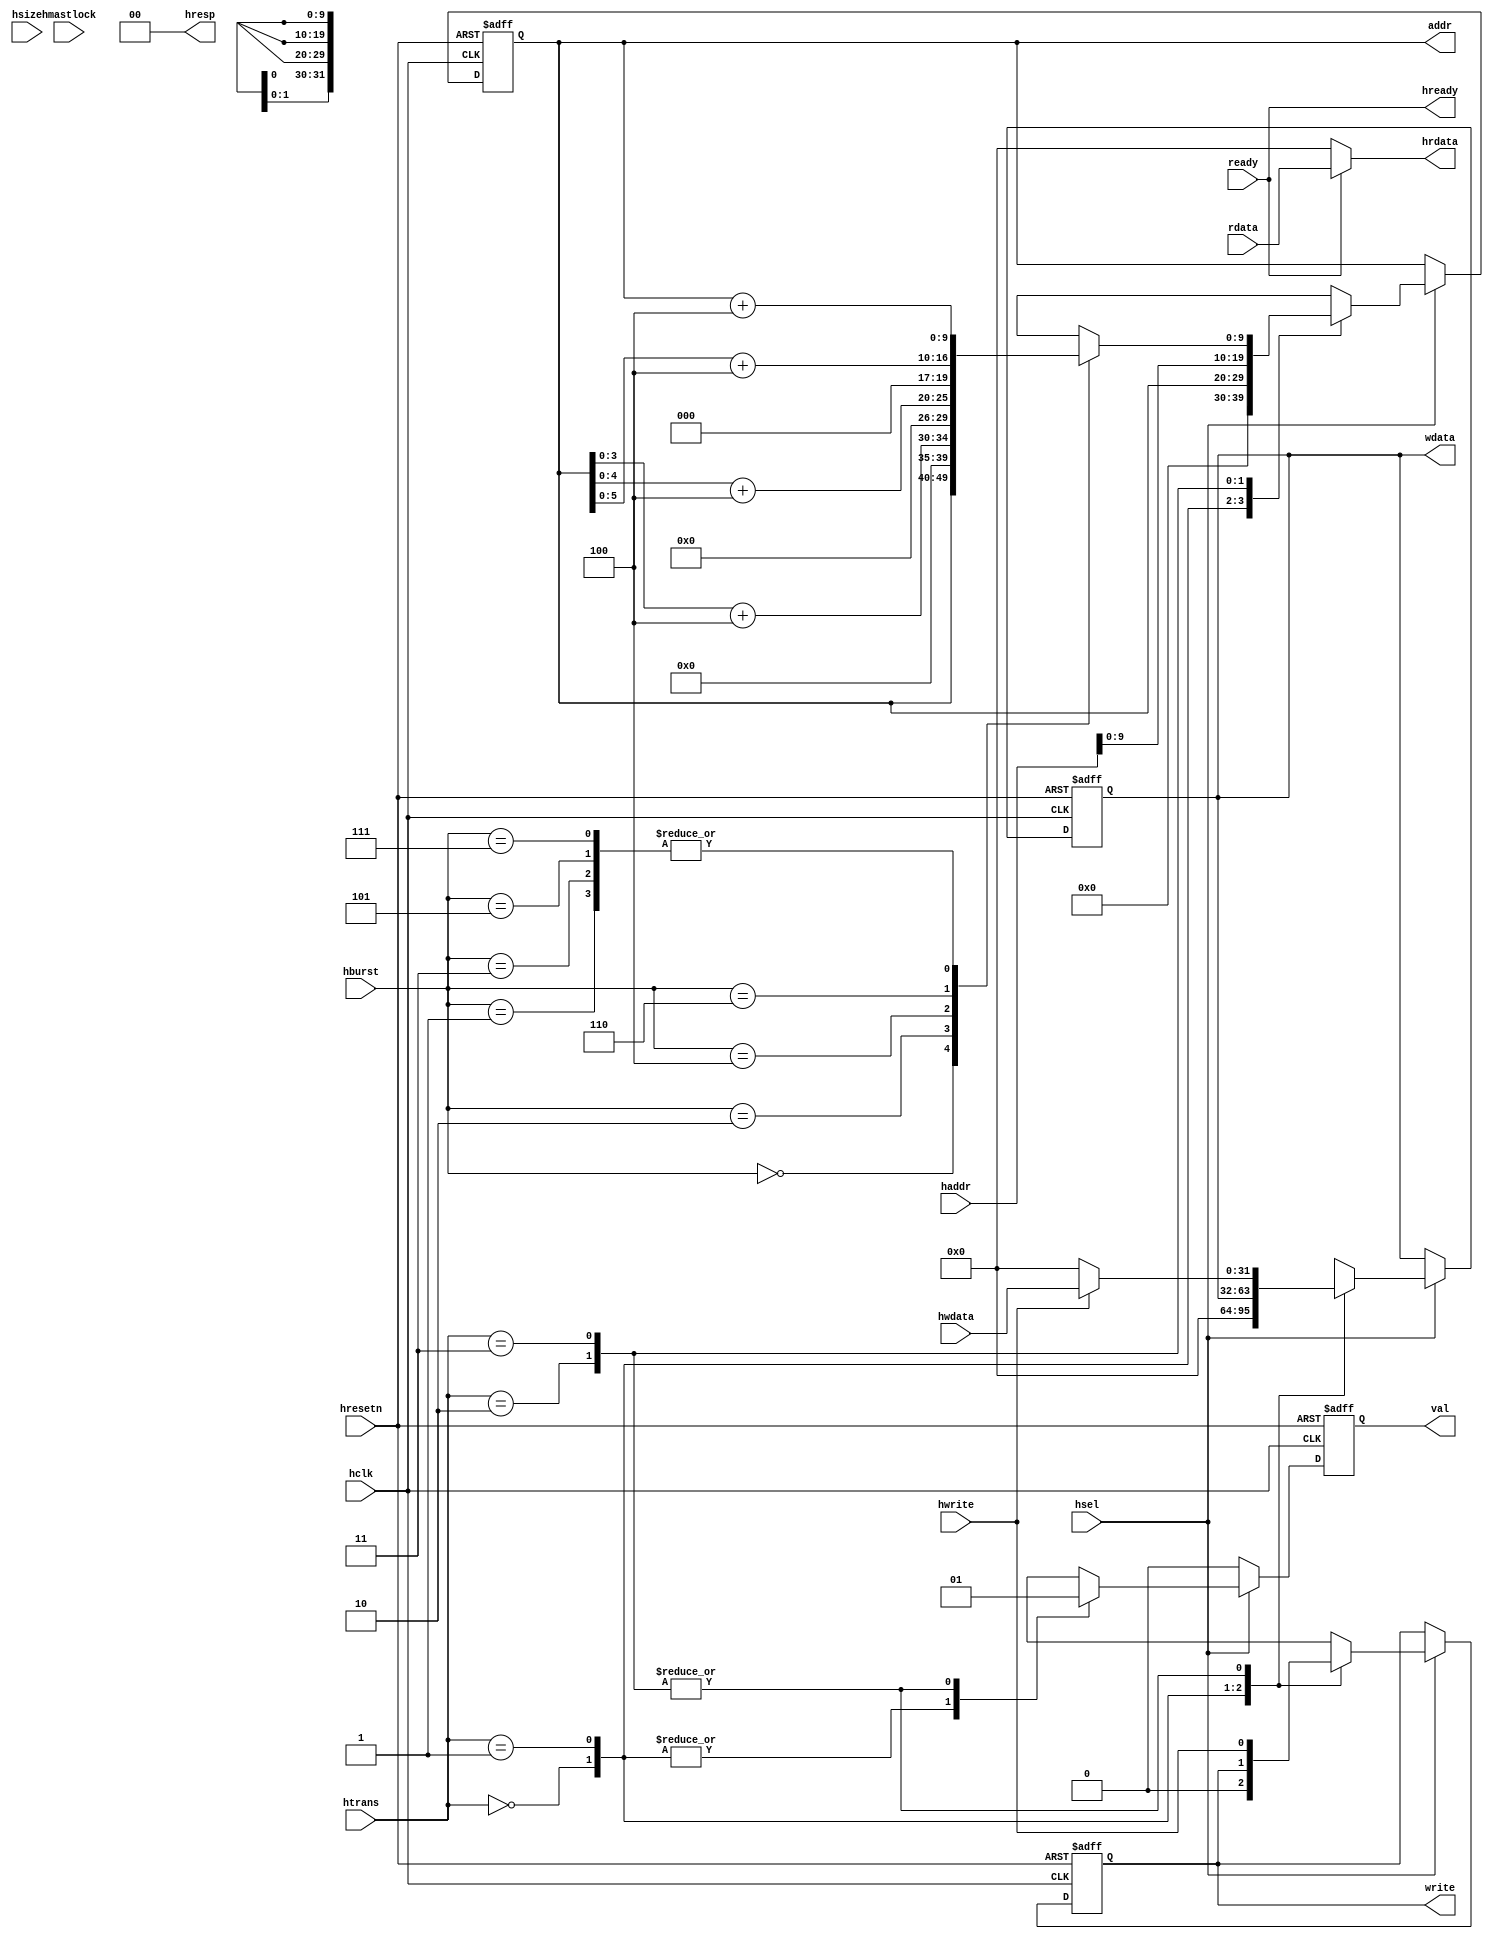
/* AHB Slave interface
Copyright: Hectic Tech, 2012, all rights reserved
Author: Jeff Heckey (jheckey@gmail.com)

Module: ahbSlv

Purpose: 
    An AHB bus interface handler for simple register access

Function:
    Takes AHB commands and translates them into simple read and write
    operations paired with register array addresses
*/

module ahbSlv (
    input  wire             hclk,
    input  wire             hresetn,
    input  wire             hsel,
    input  wire [31:0]      haddr,
    input  wire [2:0]       hburst,
    input  wire             hmastlock,
    input  wire [2:0]       hsize,
    input  wire [1:0]       htrans,
    input  wire [31:0]      hwdata,
    input  wire             hwrite,
    output wire [31:0]      hrdata,
    output wire             hready,
    output wire [1:0]       hresp,

    output reg              val,
    output reg  [9:0]       addr,
    output reg              write,
    output reg  [31:0]      wdata,
    input  wire [31:0]      rdata,
    input  wire             ready
);

reg  [9:0]     burstAddr;

localparam [1:0] IDLE   = 2'b00,
                 BUSY   = 2'b01,
                 NONSEQ = 2'b10,
                 SEQ    = 2'b11;

localparam [2:0] SINGLE = 3'b000,
                 INCR   = 3'b001,
                 WRAP4  = 3'b010,
                 INCR4  = 3'b011,
                 WRAP8  = 3'b100,
                 INCR8  = 3'b101,
                 WRAP16 = 3'b110,
                 INCR16 = 3'b111;

assign hrdata  = (ready) ? rdata : 32'd0;
assign hready  = ready;
assign hresp   = 2'b00;   // ERROR, RETRY, and SPLIT are not supported

always @(posedge hclk or negedge hresetn) begin
    if (!hresetn) begin
        // Reg control
        val     <= 1'b0;
        addr    <= 10'd0;
        write   <= 1'b0;
        wdata   <= 32'd0;
    end
    else begin
        if (hsel) begin
            case (htrans)
            IDLE: begin // Inactive - wait for next input
                val     <= 1'b0;
                addr    <= 12'd0;
                write   <= 1'b0;
                wdata   <= 32'd0;
            end

            BUSY: begin // Not finished, but not ready to accept data
                val     <= 1'b0;
                addr    <= addr;
                write   <= write;
                wdata   <= wdata;
            end

            NONSEQ: begin // Start of new transfer
                val     <= 1'b1;
                addr    <= haddr[9:0];
                write   <= hwrite;
                wdata   <= (hwrite) ? hwdata : 32'd0;
            end

            SEQ: begin  // Continuation of previous transfer
                val     <= 1'b1;
                addr    <= burstAddr;
                write   <= hwrite;
                wdata   <= (hwrite) ? hwdata : 32'd0;
            end

            default : ; // Fully described
            endcase
        end
        else begin
            val     <= 1'b0;
        end
    end
end

always @(*) begin
    burstAddr = addr;   // no latches

    if (hsel) begin
        case (hburst)
        SINGLE: burstAddr = addr;
        INCR:   burstAddr = addr + 10'd4;
        WRAP4:  burstAddr = {addr[9:4], addr[3:0] + 10'd4};
        INCR4:  burstAddr = addr + 10'd4;
        WRAP8:  burstAddr = {addr[9:5], addr[4:0] + 10'd4};
        INCR8:  burstAddr = addr + 10'd4;
        WRAP16: burstAddr = {addr[9:6], addr[5:0] + 10'd4};
        INCR16: burstAddr = addr + 10'd4;
        default : ;     // Fully described
        endcase
    end
end

endmodule